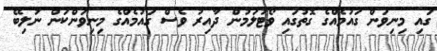
ގައި މިނިވަން ގައުމެއްގެ ގޮތުގައި ވޯޓުލަމުން ދާއިރު ވެސް ގައުމެއްގެ މިނިވަންކަން ނުލިބޭ